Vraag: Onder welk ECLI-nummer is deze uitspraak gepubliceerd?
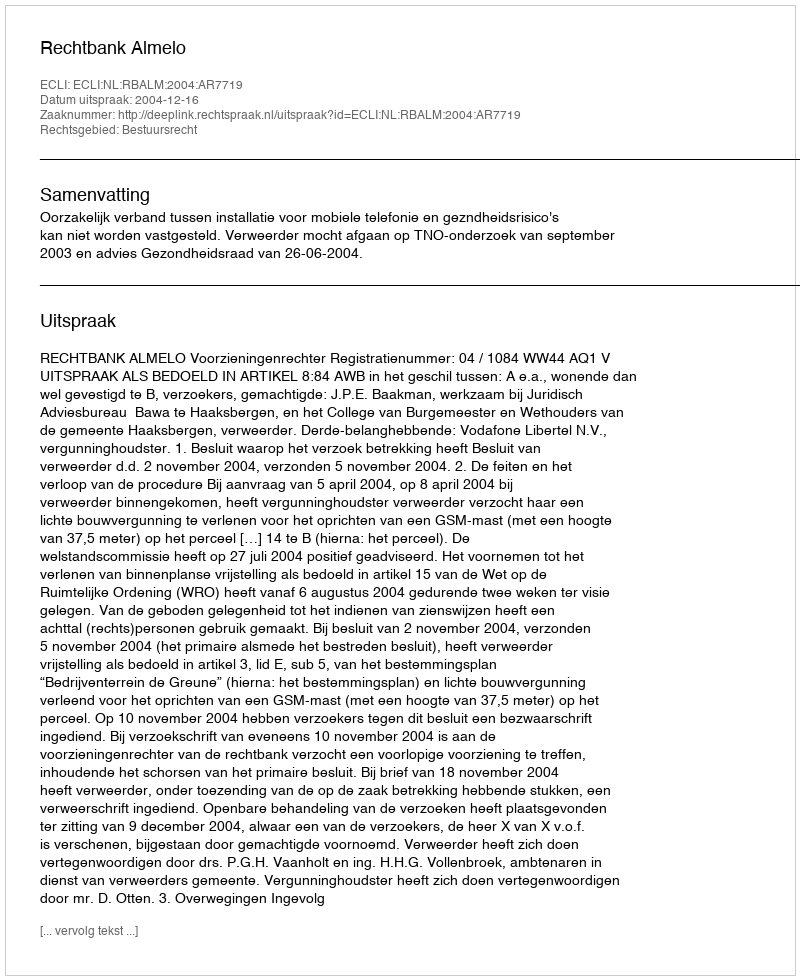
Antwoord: ECLI:NL:RBALM:2004:AR7719